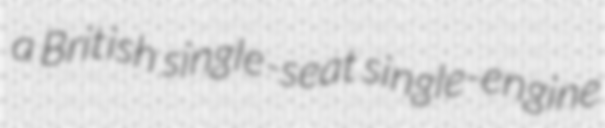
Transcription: a British single-seat single-engine